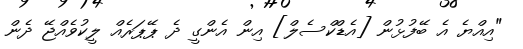
"އިއްޔެ އެ ބޭފުޅުން [އެޑްކްސެލް] އިން އެންގީ ދެ ޕޭޕަރެއް ލީކުވެއްޖޭ ދެން